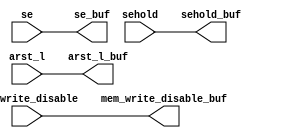
module scbuf_slowsig_buf
 (// Outputs
  mem_write_disable_buf,
  sehold_buf,
  se_buf,
  arst_l_buf,

  // Inputs
  mem_write_disable,
  sehold,
  se,
  arst_l
 );


output    mem_write_disable_buf;
output    sehold_buf;
output    se_buf;
output    arst_l_buf;

input     mem_write_disable;
input     sehold;
input     se;
input     arst_l;


assign  mem_write_disable_buf = mem_write_disable;
assign  sehold_buf            = sehold;
assign  se_buf                = se;
assign  arst_l_buf            = arst_l;


endmodule